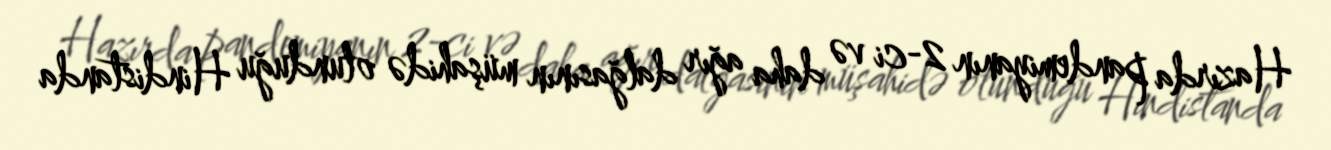
Hazırda pandemiyanın 2-ci və daha ağır dalğasının müşahidə olunduğu Hindistanda